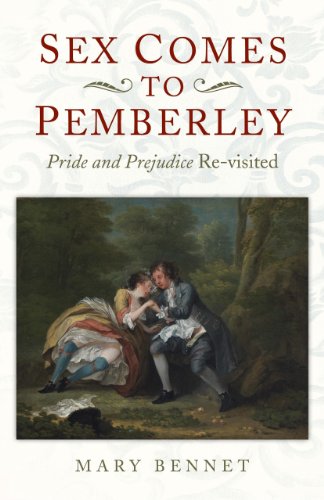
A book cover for Sex Comes to Pemberley: 'Pride and Prejudice' Re-visited; Mary Bennet; Romance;